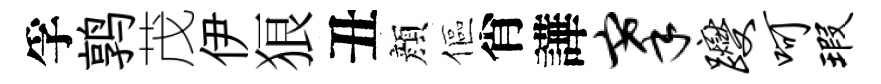
孚鹑茂伊狼丑顔傴肖譁搴躞呵瑕